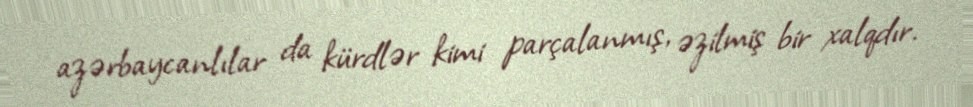
azərbaycanlılar da kürdlər kimi parçalanmış, əzilmiş bir xalqdır.